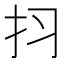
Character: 𱟬